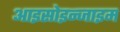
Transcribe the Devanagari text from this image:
आइसोइन्जाइम